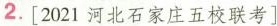
2.[2021河北石家庄五校联考]